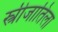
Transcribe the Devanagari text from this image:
स्त्रीजातिला